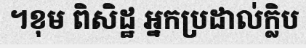
។ខុម ពិសិដ្ឋ អ្នកប្រដាល់ក្លិប